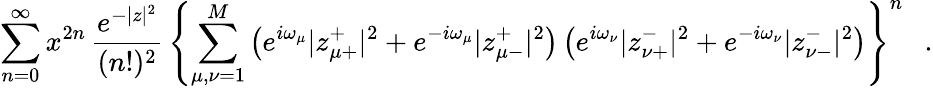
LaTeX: \sum_{n=0}^{\infty}x^{2n}\, \frac{e^{-|z|^{2}}}{(n!)^{2}}\, \left\{ \sum_{\mu,\nu=1}^{M}\left(e^{i\omega_{\mu}}|z_{\mu+}^{+}|^{2}+e^{-i\omega_{\mu}}|z_{\mu-}^{+}|^{2}\right)\left(e^{i\omega_{\nu}}|z_{\nu+}^{-}|^{2}+e^{-i\omega_{\nu}}|z_{\nu-}^{-}|^{2}\right)\right\} ^{n}\ \ \ .